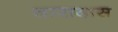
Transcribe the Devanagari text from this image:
तारादास